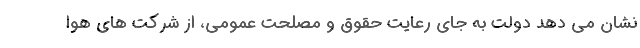
نشان می دهد دولت به جای رعایت حقوق و مصلحت عمومی، از شرکت های هوا